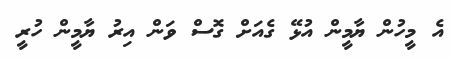
އެ މީހުން ޔާމީން އުޅޭ ގެއަށް ގޮސް ވަން އިރު ޔާމީން ހުރީ